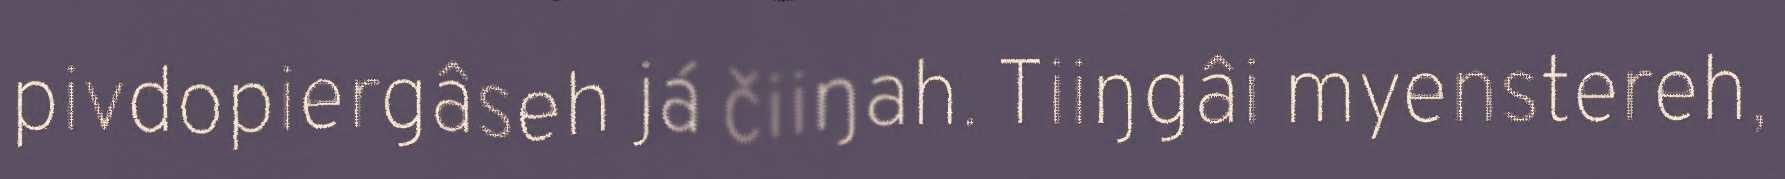
pivdopiergâseh já čiiŋah. Tiiŋgâi myenstereh,